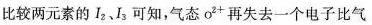
比较两元素的I_{2}、I_{3}可知，气态O^{2+}再失去一个电子比气